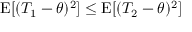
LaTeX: \operatorname { E } [ ( T _ { 1 } - \theta ) ^ { 2 } ] \leq \operatorname { E } [ ( T _ { 2 } - \theta ) ^ { 2 } ]